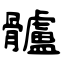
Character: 髗